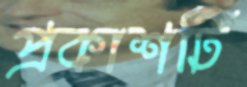
প্রকাশটি